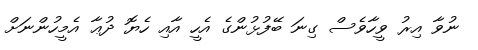
ނުވާ އިރު ވީހާވެސް ގިނަ ބޭފުޅުންގެ އެހީ އާއި ހެޔޮ ދުޢާ އެމީހުންނަށް